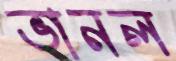
ভানল